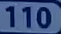
110